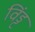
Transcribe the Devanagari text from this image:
विंड्ट